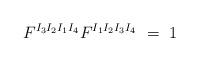
LaTeX: \begin{align*}F^{I_3I_2I_1I_4} F^{I_1I_2I_3I_4} \ = \ 1 \ \end{align*}